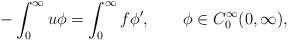
LaTeX: \begin{align*}-\int_0^\infty u\phi=\int_0^\infty f\phi',\qquad\phi\in C_0^\infty(0,\infty),\end{align*}